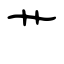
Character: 艹